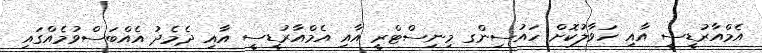
އެމްއާރުޑީސީ އާއި ހަވާލުކޮށް ހައުސިންގ މިނިސްޓްރީ އާއި އެމްއާރުޑީސީ އާއި ދެމެދު އެއްބަސްވުމެއްގައި